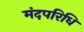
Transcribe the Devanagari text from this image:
मंदपरिधि